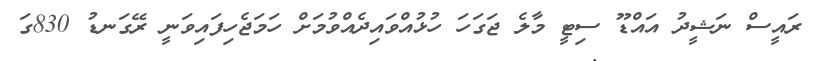
ރައީސް ނަޝީދު އައްޑޫ ސިޓީ މާލެ ޖަގަހަ ހުޅުއްވައިދެއްވުމަށް ހަމަޖެހިފައިވަނީ ރޭގަނޑު 830ގަ